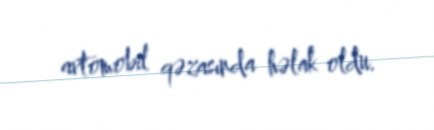
avtomobil qəzasında həlak oldu.